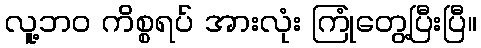
လူ့ဘဝ ကိစ္စရပ် အားလုံး ကြုံတွေ့ပြီးပြီ။